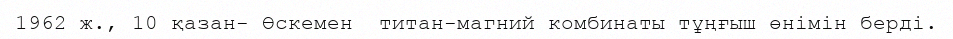
1962 ж., 10 қазан- Өскемен  титан-магний комбинаты тұңғыш өнімін берді.